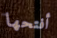
أفتحها